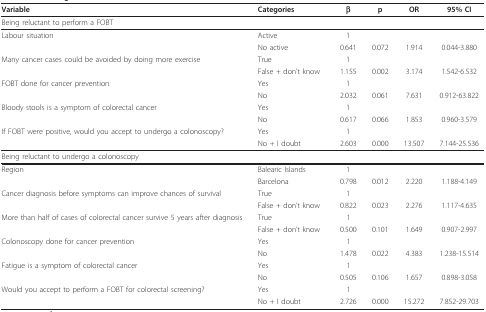
<table><thead><tr><td><b>Variable</b></td><td><b>Categories</b></td><td><b>β</b></td><td><b>p</b></td><td><b>OR</b></td><td><b>95% CI</b></td></tr></thead><tbody><tr><td colspan="6">Being reluctant to perform a FOBT</td></tr><tr><td>Labour situation</td><td>Active</td><td>1</td><td></td><td></td><td></td></tr><tr><td></td><td>No active</td><td>0.641</td><td>0.072</td><td>1.914</td><td>0.044-3.880</td></tr><tr><td>Many cancer cases could be avoided by doing more exercise</td><td>True</td><td>1</td><td></td><td></td><td></td></tr><tr><td></td><td>False + don&#x27;t know</td><td>1.155</td><td>0.002</td><td>3.174</td><td>1.542-6.532</td></tr><tr><td>FOBT done for cancer prevention</td><td>Yes</td><td>1</td><td></td><td></td><td></td></tr><tr><td></td><td>No</td><td>2.032</td><td>0.061</td><td>7.631</td><td>0.912-63.822</td></tr><tr><td>Bloody stools is a symptom of colorectal cancer</td><td>Yes</td><td>1</td><td></td><td></td><td></td></tr><tr><td></td><td>No</td><td>0.617</td><td>0.066</td><td>1.853</td><td>0.960-3.579</td></tr><tr><td>If FOBT were positive, would you accept to undergo a colonoscopy?</td><td>Yes</td><td>1</td><td></td><td></td><td></td></tr><tr><td></td><td>No + I doubt</td><td>2.603</td><td>0.000</td><td>13.507</td><td>7.144-25.536</td></tr><tr><td colspan="6">Being reluctant to undergo a colonoscopy</td></tr><tr><td>Region</td><td>Balearic Islands</td><td>1</td><td></td><td></td><td></td></tr><tr><td></td><td>Barcelona</td><td>0.798</td><td>0.012</td><td>2.220</td><td>1.188-4.149</td></tr><tr><td>Cancer diagnosis before symptoms can improve chances of survival</td><td>True</td><td>1</td><td></td><td></td><td></td></tr><tr><td></td><td>False + don&#x27;t know</td><td>0.822</td><td>0.023</td><td>2.276</td><td>1.117-4.635</td></tr><tr><td>More than half of cases of colorectal cancer survive 5 years after diagnosis</td><td>True</td><td>1</td><td></td><td></td><td></td></tr><tr><td></td><td>False + don&#x27;t know</td><td>0.500</td><td>0.101</td><td>1.649</td><td>0.907-2.997</td></tr><tr><td>Colonoscopy done for cancer prevention</td><td>Yes</td><td>1</td><td></td><td></td><td></td></tr><tr><td></td><td>No</td><td>1.478</td><td>0.022</td><td>4.383</td><td>1.238-15.514</td></tr><tr><td>Fatigue is a symptom of colorectal cancer</td><td>Yes</td><td>1</td><td></td><td></td><td></td></tr><tr><td></td><td>No</td><td>0.505</td><td>0.106</td><td>1.657</td><td>0.898-3.058</td></tr><tr><td>Would you accept to perform a FOBT for colorectal screening?</td><td>Yes</td><td>1</td><td></td><td></td><td></td></tr><tr><td></td><td>No + I doubt</td><td>2.726</td><td>0.000</td><td>15.272</td><td>7.852-29.703</td></tr></tbody></table>